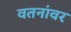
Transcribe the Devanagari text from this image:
वतनांवर